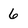
Character: 6